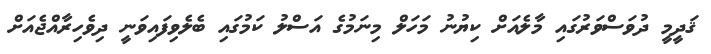
ޤަދީމީ ދުވަސްވަރުގައި މާލެއަށް ކިޔުނު މަހަލް މިނަމުގެ އަސްލު ކަމުގައި ބެލެވިފައިވަނީ ދިވެހިރާއްޖެއަށް